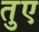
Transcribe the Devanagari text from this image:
तुए